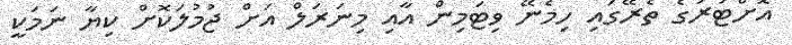
އޮށްޓަރުގެ ތެރޭގައި ހިމެނޭ ވިޓަމިން އާއި މިނަރަލް އަށް ޖުމުލަކޮށް ކިޔާ ނަމަކީ